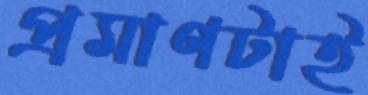
প্রমাণটাই